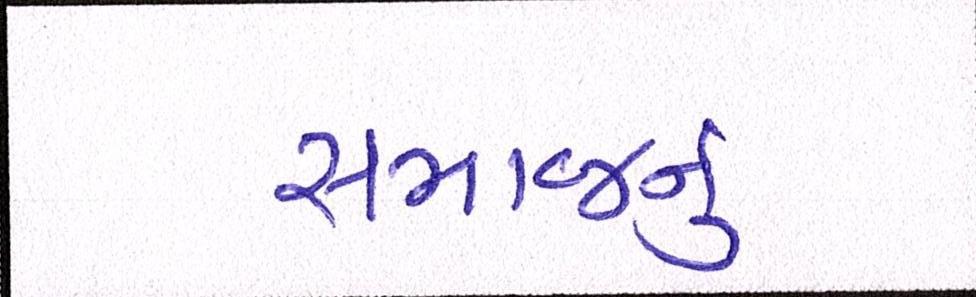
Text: સમાજનું